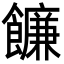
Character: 䭠